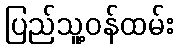
ပြည်သူ့ဝန်ထမ်း